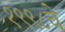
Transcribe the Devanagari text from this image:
१९९८चे